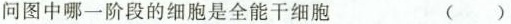
问图中哪一阶段的细胞是全能干细胞 ( )